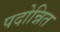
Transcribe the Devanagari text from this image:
पदोन्नित